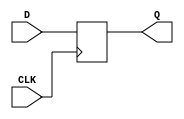
`timescale 1ns / 1ps
//////////////////////////////////////////////////////////////////////////////////
// Company: 
// Engineer: 
// 
// Design Name: 
// Module Name: SIPO
// Project Name: 
// Target Devices: 
// Tool Versions: 
// Description: 
// 
// Dependencies: 
// 
// Revision:
// Revision 0.01 - File Created
// Additional Comments:
// 
//////////////////////////////////////////////////////////////////////////////////
module D_FF(Q,D,CLK);
input D,CLK;
output reg Q;
always @(posedge CLK)
Q = D;
initial Q = 1'b0;
endmodule

module SIPO(Q2,Q1,Q0,CLK,IN);
input CLK,IN;
output  Q2,Q1,Q0;

D_FF FF1 (.Q(Q2),.D(IN),.CLK(CLK));
D_FF FF2 (.Q(Q1),.D(Q2),.CLK(CLK));
D_FF FF3 (.Q(Q0),.D(Q1),.CLK(CLK));

endmodule